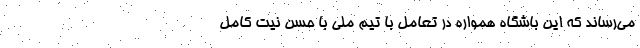
می‌رساند که این باشگاه همواره در تعامل با تیم‌ ملی با حسن نیت کامل